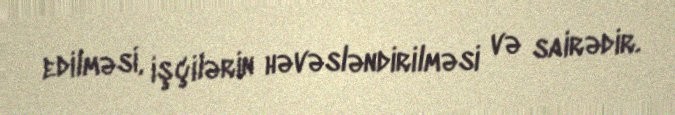
edilməsi, işçilərin həvəsləndirilməsi və sairədir.